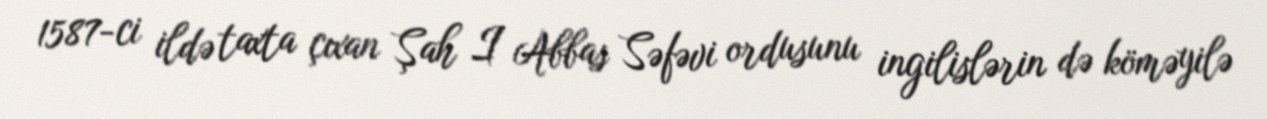
1587-ci ildə taxta çıxan Şah I Abbas Səfəvi ordusunu ingilislərin də köməyilə